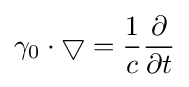
\gamma _{0}\cdot \bigtriangledown ={\frac {1}{c}}{\frac {\partial }{\partial t}}